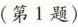
（第1题）